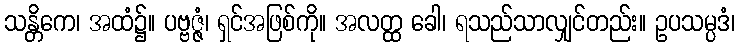
သန္တိကေ၊ အထံ၌။ ပဗ္ဗဇ္ဇံ၊ ရှင်အဖြစ်ကို။ အလတ္ထ ခေါ၊ ရသည်သာလျှင်တည်း။ ဥပသမ္ပဒံ၊